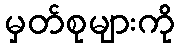
မှတ်စုများကို